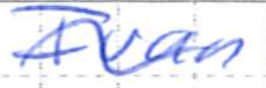
Text: Ivan
Cross-out: wave
Writing tool: ballpoint